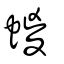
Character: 蝬